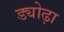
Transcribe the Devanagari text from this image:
ड्योढ़ा